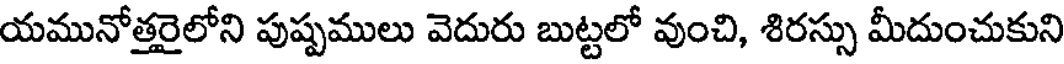
యమునోత్తరైలోని పుష్పములు వెదురు బుట్టలో వుంచి, శిరస్సు మీదుంచుకుని